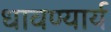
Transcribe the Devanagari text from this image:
धावण्यार्य